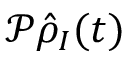
{ \mathcal P } \hat { \rho } _ { I } ( t )